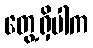
တွေ့ရှိပါက